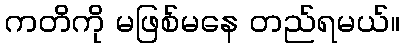
ကတိကို မဖြစ်မနေ တည်ရမယ်။